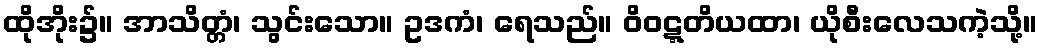
ထိုအိုး၌။ အာသိတ္တံ၊ သွင်းသော။ ဥဒကံ၊ ရေသည်။ ဝိဝဋ္ဋတိယထာ၊ ယိုစီးလေသကဲ့သို့။